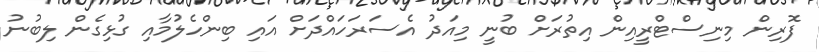
ފޮރިން މިނިސްޓްރީއިން އިތުރަށް ބުނީ މިއަދު އެސަރަހައްދަށް އައި ބިންހެލުމާއި ގުޅިގެން ލިބުނު